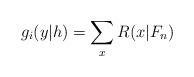
LaTeX: \begin{align*}g_i(y|h)=\sum_x R(x|F_n)\end{align*}